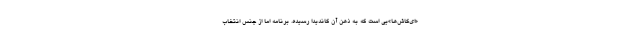
«ای‌کاش‌ها»یی است که به ذهن آن کاندیدا رسیده. برنامه اما از جنس انتخاب